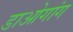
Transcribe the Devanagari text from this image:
डाओगांग